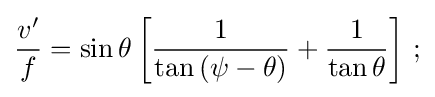
{\frac {v'}{f}}=\sin \theta \left[{\frac {1}{\tan \left(\psi -\theta \right)}}+{\frac {1}{\tan \theta }}\right]\,;